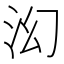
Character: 𬇚